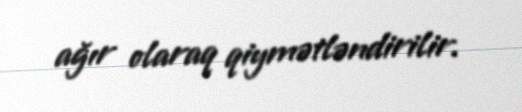
ağır olaraq qiymətləndirilir.